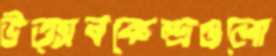
উত্সবকেন্দ্রগুলো